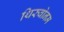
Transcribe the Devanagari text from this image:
थिरुवोनम